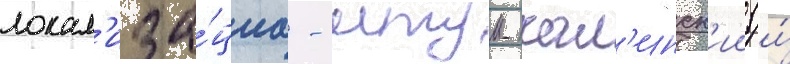
локал'иза́циа - итум-кал'инск'ии (и́